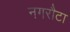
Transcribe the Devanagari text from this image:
नगरौटा